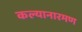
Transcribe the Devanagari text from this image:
कल्यानारमण